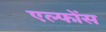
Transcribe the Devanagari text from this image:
एल्फोंस